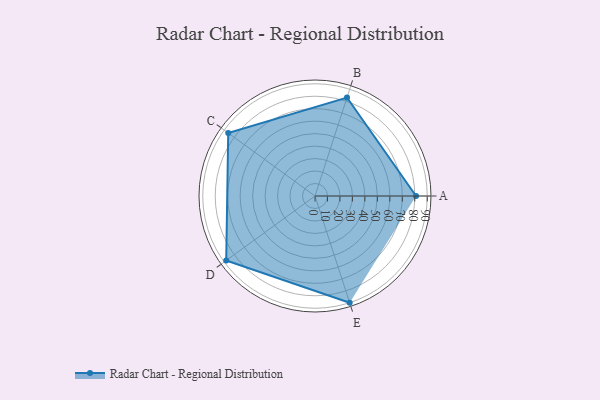
{"axis": {"x": "Skill", "y": "Score"}, "legend": ["Profile"], "data": [{"x": "A", "y": 81.0, "type": "Profile"}, {"x": "B", "y": 83.0, "type": "Profile"}, {"x": "C", "y": 86.0, "type": "Profile"}, {"x": "D", "y": 88.0, "type": "Profile"}, {"x": "E", "y": 90.0, "type": "Profile"}]}